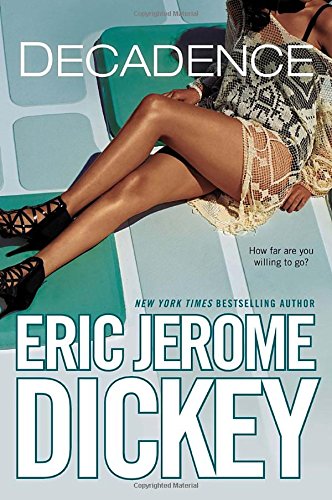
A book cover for Decadence; Eric Jerome Dickey; Romance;